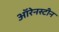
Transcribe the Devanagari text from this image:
ऑरेनस्टीन